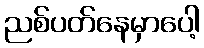
ညစ်ပတ်နေမှာပေါ့